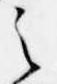
之